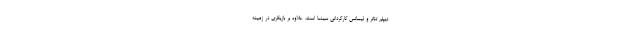
دیپلم تئاتر و لیسانس کارگردانی سینما است. علاوه بر بازیگری در زمینه